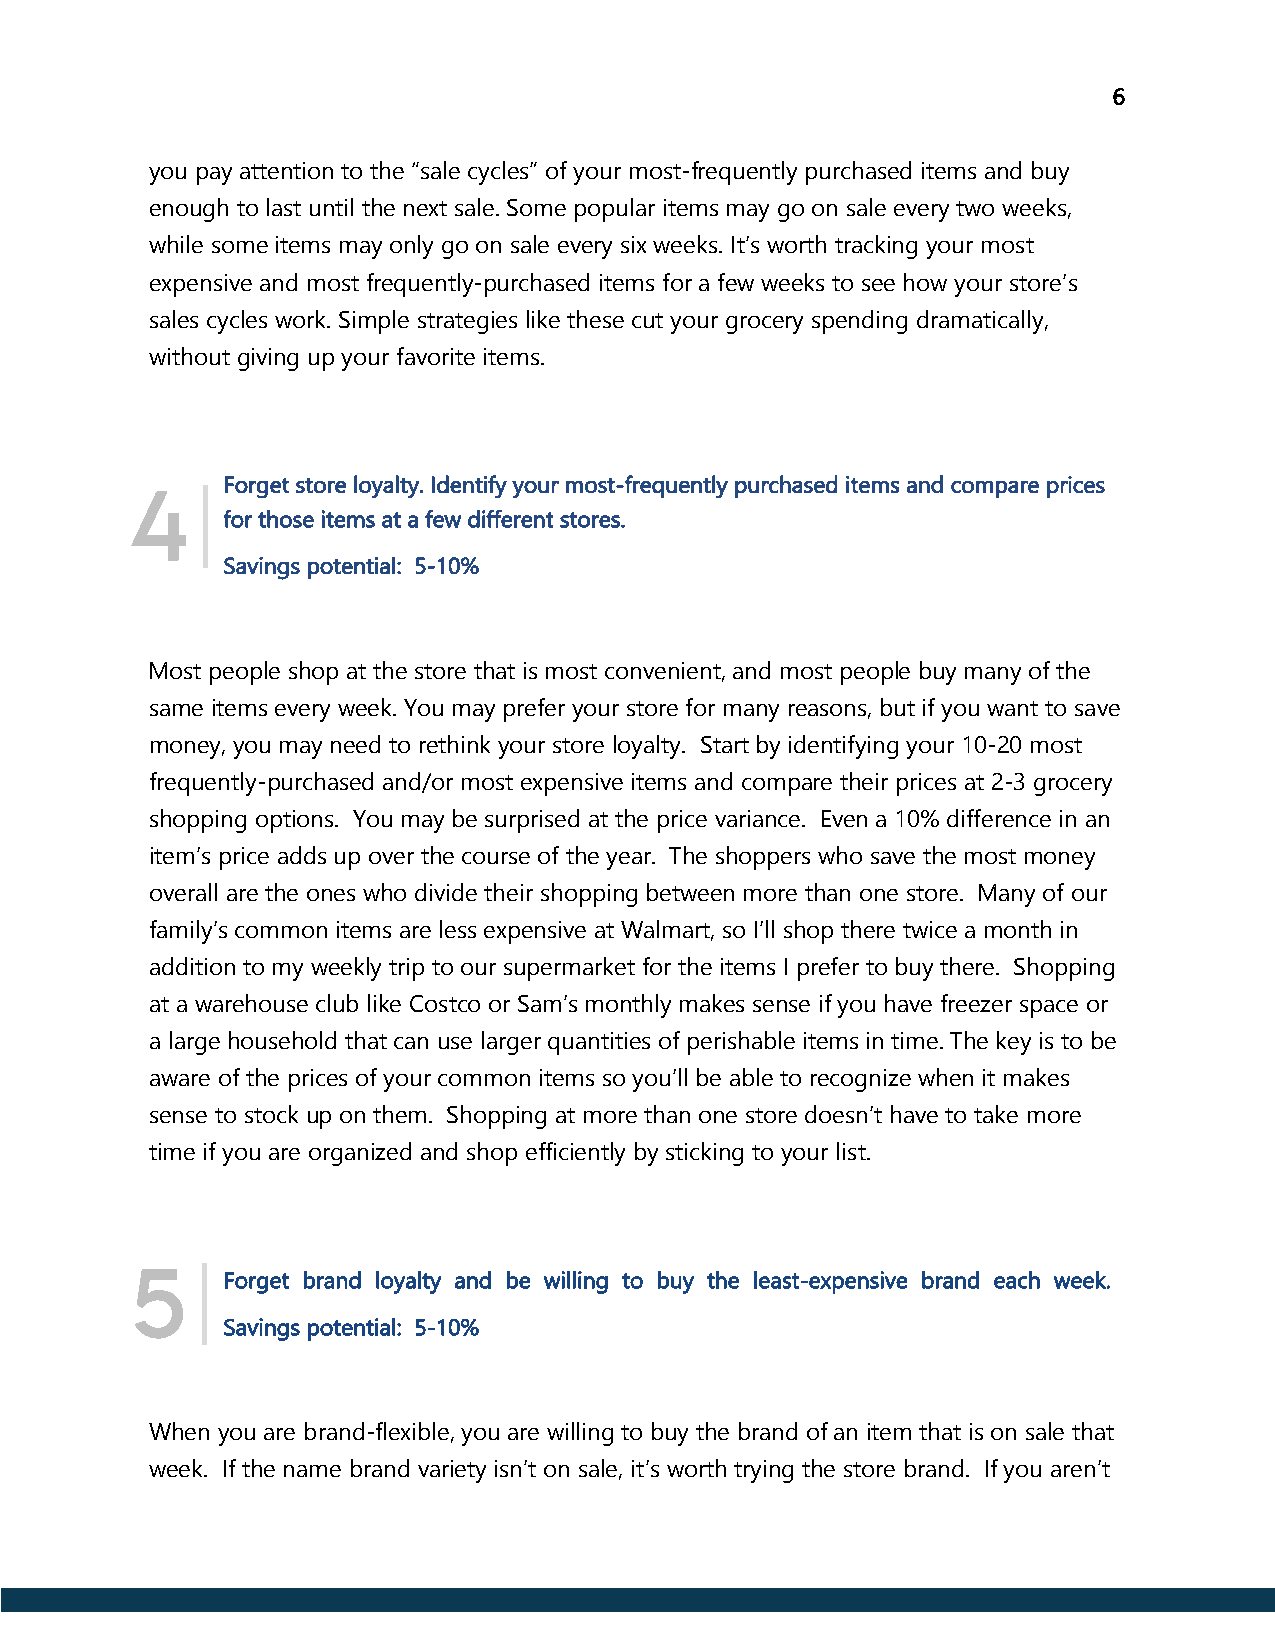
6
 you pay attention to the “sale cycles” of your most-frequently purchased items and buy
 enough to last until the next sale. Some popular items may go on sale every two weeks,
 while some items may only go on sale every six weeks. It’s worth tracking your most
 expensive and most frequently-purchased items for a few weeks to see how your store’s
 sales cycles work. Simple strategies like these cut your grocery spending dramatically,
 without giving up your favorite items.
 Forget store loyalty. Identify your most-frequently purchased items and compare prices
 |
 4
 for those items at a few different stores.
 Savings potential: 5-10%
 Most people shop at the store that is most convenient, and most people buy many of the
 same items every week. You may prefer your store for many reasons, but if you want to save
 money, you may need to rethink your store loyalty. Start by identifying your 10-20 most
 frequently-purchased and/or most expensive items and compare their prices at 2-3 grocery
 shopping options. You may be surprised at the price variance. Even a 10% difference in an
 item’s price adds up over the course of the year. The shoppers who save the most money
 overall are the ones who divide their shopping between more than one store. Many of our
 family’s common items are less expensive at Walmart, so I’ll shop there twice a month in
 addition to my weekly trip to our supermarket for the items I prefer to buy there. Shopping
 at a warehouse club like Costco or Sam’s monthly makes sense if you have freezer space or
 a large household that can use larger quantities of perishable items in time. The key is to be
 aware of the prices of your common items so you’ll be able to recognize when it makes
 sense to stock up on them. Shopping at more than one store doesn’t have to take more
 time if you are organized and shop efficiently by sticking to your list.
 |
 5     Forget brand loyalty and be willing to buy the least-expensive brand each week.
 Savings potential: 5-10%
 When you are brand-flexible, you are willing to buy the brand of an item that is on sale that
 week. If the name brand variety isn’t on sale, it’s worth trying the store brand. If you aren’t